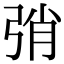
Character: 弰